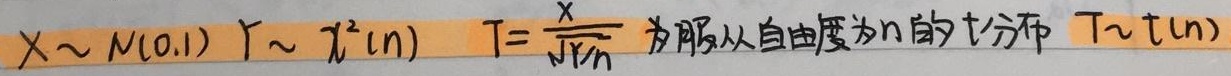
若\(X\sim N(0,1)\)，\(Y\sim\chi^{2}(n)\)，则\(T = \frac{X}{\sqrt{Y/n}}\) 服从自由度为 \(n\) 的 \(t\) 分布，即\(T\sim t(n)\)